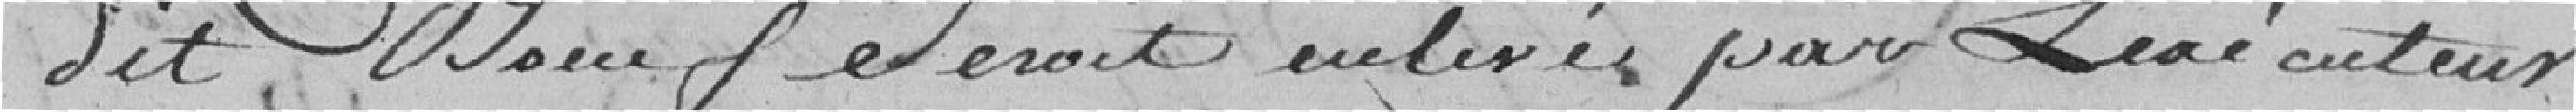
dit boeuf serait enlevé par l'exécuteur